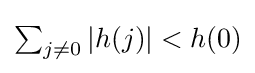
{\textstyle \sum _{j\neq 0}\left|h(j)\right|<h(0)}